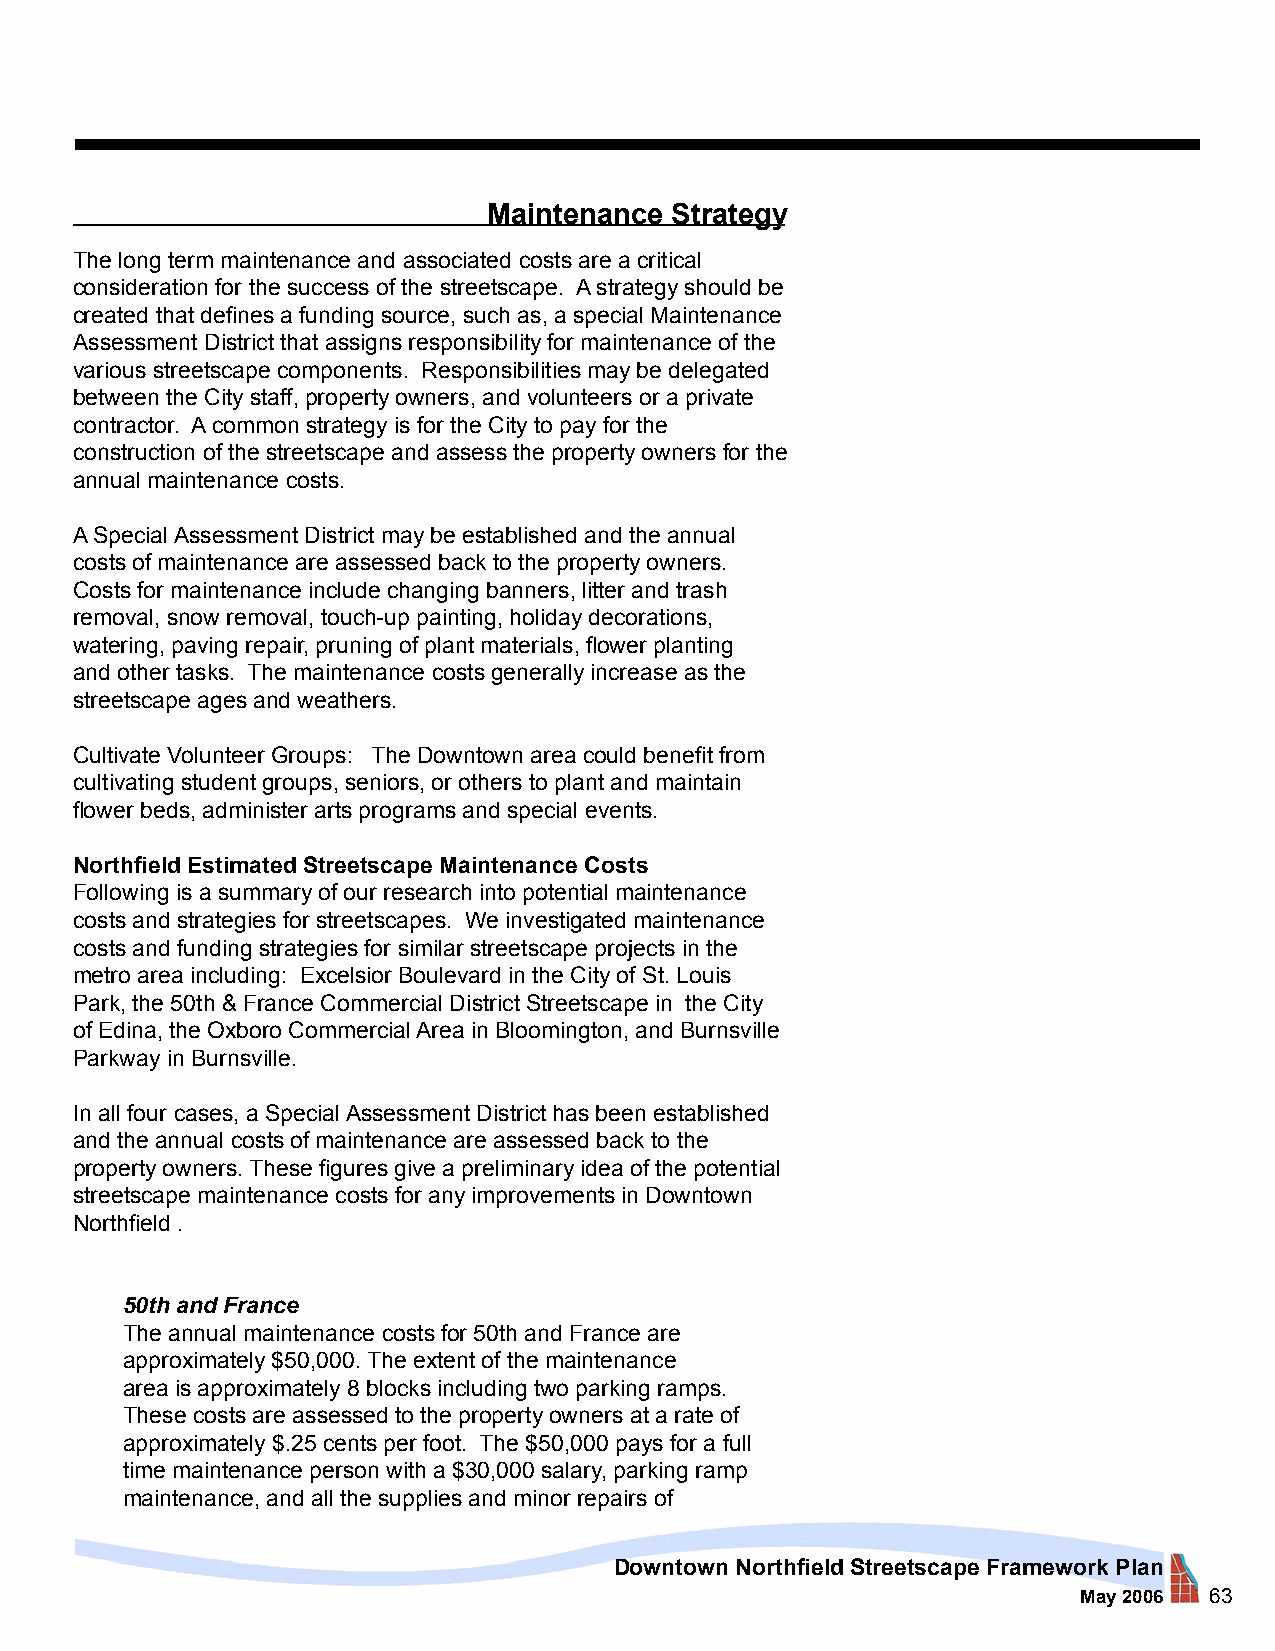
Maintenance Strategy
 The long term maintenance and associated costs are a critical
 consideration for the success of the streetscape. A strategy should be
 created that defines a funding source, such as, a special Maintenance
 Assessment District that assigns responsibility for maintenance of the
 various streetscape components. Responsibilities may be delegated
 between the City staff, property owners, and volunteers or a private
 contractor. A common strategy is for the City to pay for the
 construction of the streetscape and assess the property owners for the
 annual maintenance costs.
 A Special Assessment District may be established and the annual
 costs of maintenance are assessed back to the property owners.
 Costs for maintenance include changing banners, litter and trash
 removal, snow removal, touch-up painting, holiday decorations,
 watering, paving repair, pruning of plant materials, flower planting
 and other tasks. The maintenance costs generally increase as the
 streetscape ages and weathers.
 Cultivate Volunteer Groups: The Downtown area could benefit from
 cultivating student groups, seniors, or others to plant and maintain
 flower beds, administer arts programs and special events.
 Northfield Estimated Streetscape Maintenance Costs
 Following is a summary of our research into potential maintenance
 costs and strategies for streetscapes. We investigated maintenance
 costs and funding strategies for similar streetscape projects in the
 metro area including: Excelsior Boulevard in the City of St. Louis
 Park, the 50th & France Commercial District Streetscape in the City
 of Edina, the Oxboro Commercial Area in Bloomington, and Burnsville
 Parkway in Burnsville.
 In all four cases, a Special Assessment District has been established
 and the annual costs of maintenance are assessed back to the
 property owners. These figures give a preliminary idea of the potential
 streetscape maintenance costs for any improvements in Downtown
 Northfield .
 50th and France
 The annual maintenance costs for 50th and France are
 approximately $50,000. The extent of the maintenance
 area is approximately 8 blocks including two parking ramps.
 These costs are assessed to the property owners at a rate of
 approximately $.25 cents per foot. The $50,000 pays for a full
 time maintenance person with a $30,000 salary, parking ramp
 maintenance, and all the supplies and minor repairs of
 Downtown Northfield Streetscape Framework Plan
 May 2006 63